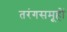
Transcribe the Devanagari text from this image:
तरंगसमूहों